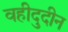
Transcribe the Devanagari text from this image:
वहीदुदीन